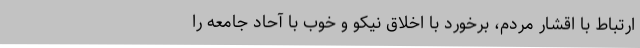
ارتباط با اقشار مردم، برخورد با اخلاق نیکو و خوب با آحاد جامعه را